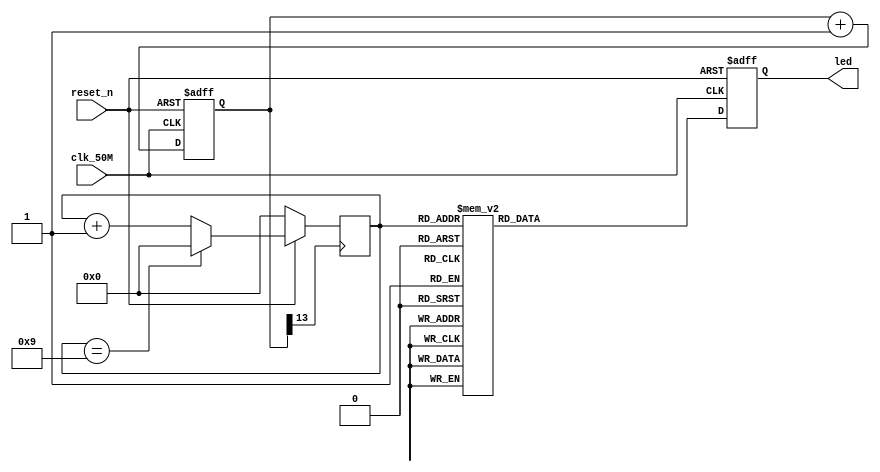
`timescale 1ns/1ns
module led(
  input clk_50M,                        // System clock 50MHz
  input reset_n,                        // System reset
  output reg [9:0] led                  // led
);

reg [13:0] counter = 0;
reg [3:0] state = 0;
always @ (posedge clk_50M, negedge reset_n)
  if (!reset_n)
    counter <= 0;
  else
    counter <= counter + 1'b1;
     
always @ (posedge counter[13])
  if (!reset_n)
    state <= 0;
  else
  begin
    if (state == 4'b1001)
      state <= 0;
    else
      state <= state + 1'b1;
  end
   
always @ (posedge clk_50M, negedge reset_n)
  if (!reset_n)
    led <= 0;
  else
  begin
    case (state)
      4'b0000: led <= 10'b00000_00001;
      4'b0001: led <= 10'b00000_00010;
      4'b0010: led <= 10'b00000_00100;
      4'b0011: led <= 10'b00000_01000;
      4'b0100: led <= 10'b00000_10000;
      4'b0101: led <= 10'b00001_00000;
      4'b0110: led <= 10'b00010_00000;
      4'b0111: led <= 10'b00100_00000;
      4'b1000: led <= 10'b01000_00000;
      4'b1001: led <= 10'b10000_00000;
      default: led <= 10'b00000_00001;
    endcase     
  end
   
endmodule